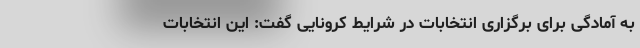
به آمادگی برای برگزاری انتخابات در شرایط کرونایی گفت: این انتخابات